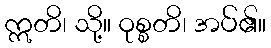
ဣတိ၊ သို့။ ဝုစ္စတိ၊ အပ်၏။